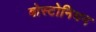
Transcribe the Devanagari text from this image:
बोस्टोनियन